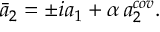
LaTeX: \bar { a } _ { 2 } = \pm i a _ { 1 } + \alpha \, a _ { 2 } ^ { c o v } .